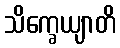
သိက္ခေယျာတိ